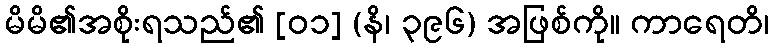
မိမိ၏အစိုးရသည်၏ [၀၁] (နိ၊ ၃၉၆) အဖြစ်ကို။ ကာရေတိ၊